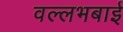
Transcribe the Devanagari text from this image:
वल्लभबाई